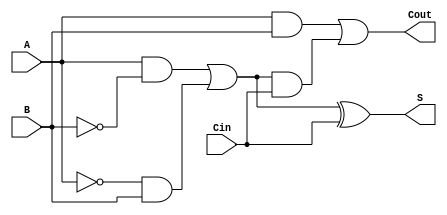
module TransmissionGateFullAdder (
    input wire A,      // First binary input
    input wire B,      // Second binary input
    input wire Cin,    // Carry-in input
    output wire S,     // Sum output
    output wire Cout    // Carry-out output
);

// Internal wires
wire AB, A_B, A_B_Cin, A_XOR_B;

// Transmission gates for A XOR B
assign A_XOR_B = (A & ~B) | (~A & B); // A XOR B

// Transmission gates for Sum (S)
assign S = A_XOR_B ^ Cin; // S = (A XOR B) XOR Cin

// Transmission gates for Carry-out (Cout)
assign AB = A & B; // A AND B
assign A_B_Cin = A_XOR_B & Cin; // (A XOR B) AND Cin
assign Cout = AB | A_B_Cin; // Cout = (A AND B) OR ((A XOR B) AND Cin)

endmodule